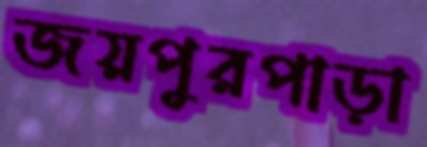
জয়পুরপাড়া